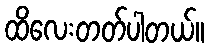
ထိလေးတတ်ပါတယ်။